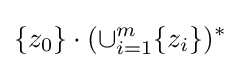
\{z_{0}\}\cdot (\cup _{i=1}^{m}\{z_{i}\})^{*}